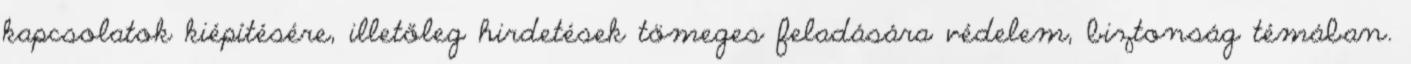
kapcsolatok kiépítésére, illetőleg hirdetések tömeges feladására védelem, biztonság témában.